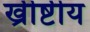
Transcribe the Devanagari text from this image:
ख्रीष्टीय